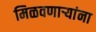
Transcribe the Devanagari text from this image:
मिळवणाऱ्यांना